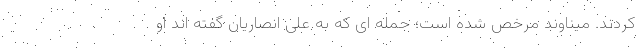
کردند. میناوند مرخص شده است؛ جمله ای که به علی انصاریان گفته اند او